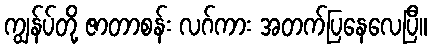
ကျွန်ပ်တို့ ဇာတာစန်း လဂ်ကား အတက်ပြနေလေပြီ။